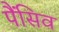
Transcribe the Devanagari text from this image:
पैंसिव